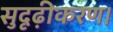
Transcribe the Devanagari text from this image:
सुदृढ़ीकरण।